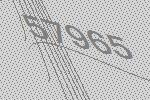
57965